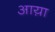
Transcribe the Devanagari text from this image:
आय़ा